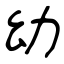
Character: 幼